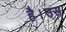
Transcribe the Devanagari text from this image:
है।उस